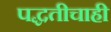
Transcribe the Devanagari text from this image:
पद्धतीचाही